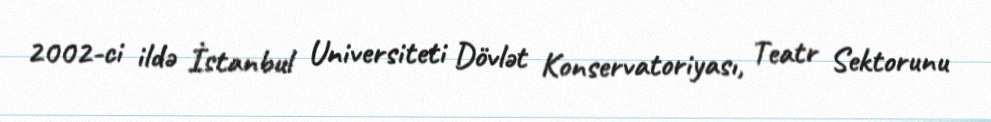
2002-ci ildə İstanbul Universiteti Dövlət Konservatoriyası, Teatr Sektorunu